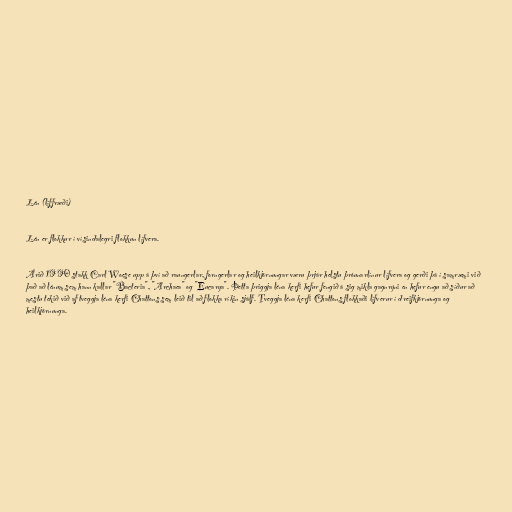
Lén (líffræði)

Lén er flokkur í vísindalegri flokkun lífvera.

Árið 1990 stakk Carl Woese upp á því að raungerlar, forngerlar og heilkjörnungar væru þrjár helstu þróunarlínur lífvera og gerði þá í samræmi við
það að lénum sem hann kallar "Bacteria", "Archaea" og "Eucarya". Þetta þriggja léna kerfi hefur fengið á sig mikla gagnrýni en hefur engu að síður að
mestu tekið við af tveggja léna kerfi Chattons sem leið til að flokka ríkin sjálf. Tveggja léna kerfi Chattons flokkaði lífverur í dreifkjörnunga og
heilkjörnunga.